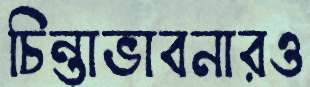
চিন্তাভাবনারও